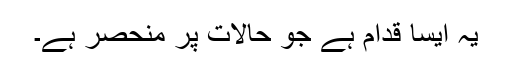
یہ ایسا قدام ہے جو حالات پر منحصر ہے۔